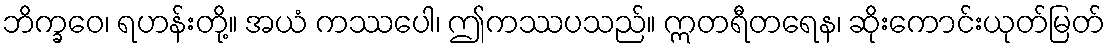
ဘိက္ခဝေ၊ ရဟန်းတို့။ အယံ ကဿပေါ၊ ဤကဿပသည်။ ဣတရီတရေန၊ ဆိုးကောင်းယုတ်မြတ်